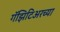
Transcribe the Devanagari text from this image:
गॅझिटिअरच्या